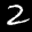
Label: 2